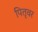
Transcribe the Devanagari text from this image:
पितृवर